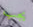
يجب